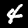
Digit: 4